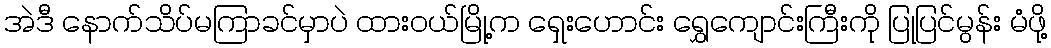
အဲဒီ နောက်သိပ်မကြာခင်မှာပဲ ထားဝယ်မြို့က ရှေးဟောင်း ရွှေကျောင်းကြီးကို ပြုပြင်မွန်း မံဖို့